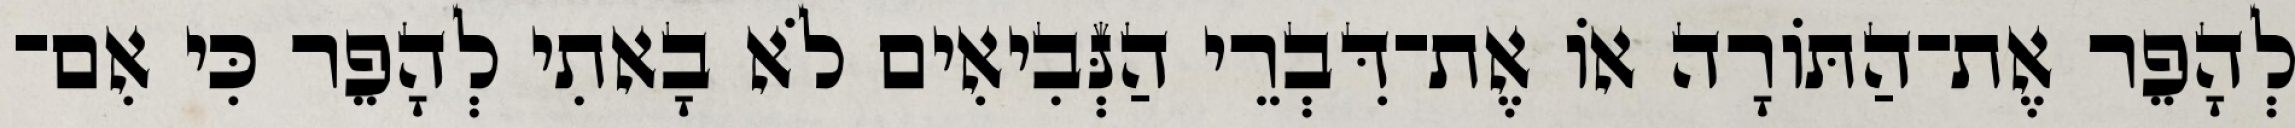
לְהָפֵר אֶת־הַתּוֹרָה אוֹ אֶת־דִּבְרֵי הַנְּבִיאִים לֹא בָאתִי לְהָפֵר כִּי אִם־